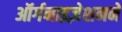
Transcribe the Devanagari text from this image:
ऑर्गनाइज़ेशनने